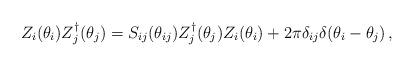
LaTeX: \begin{align*}Z_{i}(\theta _{i})Z_{j}^{\dagger }(\theta _{j})=S_{ij}(\theta_{ij})Z_{j}^{\dagger }(\theta _{j})Z_{i}(\theta _{i})+2\pi \delta_{ij}\delta (\theta _{i}-\theta _{j})\,, \end{align*}